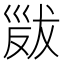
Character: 𢀁